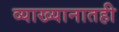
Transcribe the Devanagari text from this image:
व्याख्यानातही